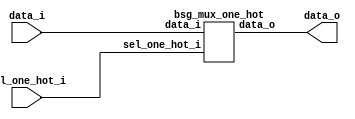
// This program was cloned from: https://github.com/chipsalliance/UHDM-integration-tests
// License: Apache License 2.0



module top
(
  data_i,
  sel_one_hot_i,
  data_o
);

  input [511:0] data_i;
  input [31:0] sel_one_hot_i;
  output [15:0] data_o;

  bsg_mux_one_hot
  wrapper
  (
    .data_i(data_i),
    .sel_one_hot_i(sel_one_hot_i),
    .data_o(data_o)
  );


endmodule



module bsg_mux_one_hot
(
  data_i,
  sel_one_hot_i,
  data_o
);

  input [511:0] data_i;
  input [31:0] sel_one_hot_i;
  output [15:0] data_o;
  wire [15:0] data_o;
  wire N0,N1,N2,N3,N4,N5,N6,N7,N8,N9,N10,N11,N12,N13,N14,N15,N16,N17,N18,N19,N20,N21,
  N22,N23,N24,N25,N26,N27,N28,N29,N30,N31,N32,N33,N34,N35,N36,N37,N38,N39,N40,N41,
  N42,N43,N44,N45,N46,N47,N48,N49,N50,N51,N52,N53,N54,N55,N56,N57,N58,N59,N60,N61,
  N62,N63,N64,N65,N66,N67,N68,N69,N70,N71,N72,N73,N74,N75,N76,N77,N78,N79,N80,N81,
  N82,N83,N84,N85,N86,N87,N88,N89,N90,N91,N92,N93,N94,N95,N96,N97,N98,N99,N100,N101,
  N102,N103,N104,N105,N106,N107,N108,N109,N110,N111,N112,N113,N114,N115,N116,N117,
  N118,N119,N120,N121,N122,N123,N124,N125,N126,N127,N128,N129,N130,N131,N132,N133,
  N134,N135,N136,N137,N138,N139,N140,N141,N142,N143,N144,N145,N146,N147,N148,N149,
  N150,N151,N152,N153,N154,N155,N156,N157,N158,N159,N160,N161,N162,N163,N164,N165,
  N166,N167,N168,N169,N170,N171,N172,N173,N174,N175,N176,N177,N178,N179,N180,N181,
  N182,N183,N184,N185,N186,N187,N188,N189,N190,N191,N192,N193,N194,N195,N196,N197,
  N198,N199,N200,N201,N202,N203,N204,N205,N206,N207,N208,N209,N210,N211,N212,N213,
  N214,N215,N216,N217,N218,N219,N220,N221,N222,N223,N224,N225,N226,N227,N228,N229,
  N230,N231,N232,N233,N234,N235,N236,N237,N238,N239,N240,N241,N242,N243,N244,N245,
  N246,N247,N248,N249,N250,N251,N252,N253,N254,N255,N256,N257,N258,N259,N260,N261,
  N262,N263,N264,N265,N266,N267,N268,N269,N270,N271,N272,N273,N274,N275,N276,N277,
  N278,N279,N280,N281,N282,N283,N284,N285,N286,N287,N288,N289,N290,N291,N292,N293,
  N294,N295,N296,N297,N298,N299,N300,N301,N302,N303,N304,N305,N306,N307,N308,N309,
  N310,N311,N312,N313,N314,N315,N316,N317,N318,N319,N320,N321,N322,N323,N324,N325,
  N326,N327,N328,N329,N330,N331,N332,N333,N334,N335,N336,N337,N338,N339,N340,N341,
  N342,N343,N344,N345,N346,N347,N348,N349,N350,N351,N352,N353,N354,N355,N356,N357,
  N358,N359,N360,N361,N362,N363,N364,N365,N366,N367,N368,N369,N370,N371,N372,N373,
  N374,N375,N376,N377,N378,N379,N380,N381,N382,N383,N384,N385,N386,N387,N388,N389,
  N390,N391,N392,N393,N394,N395,N396,N397,N398,N399,N400,N401,N402,N403,N404,N405,
  N406,N407,N408,N409,N410,N411,N412,N413,N414,N415,N416,N417,N418,N419,N420,N421,
  N422,N423,N424,N425,N426,N427,N428,N429,N430,N431,N432,N433,N434,N435,N436,N437,
  N438,N439,N440,N441,N442,N443,N444,N445,N446,N447,N448,N449,N450,N451,N452,N453,
  N454,N455,N456,N457,N458,N459,N460,N461,N462,N463,N464,N465,N466,N467,N468,N469,
  N470,N471,N472,N473,N474,N475,N476,N477,N478,N479;
  wire [511:0] data_masked;
  assign data_masked[15] = data_i[15] & sel_one_hot_i[0];
  assign data_masked[14] = data_i[14] & sel_one_hot_i[0];
  assign data_masked[13] = data_i[13] & sel_one_hot_i[0];
  assign data_masked[12] = data_i[12] & sel_one_hot_i[0];
  assign data_masked[11] = data_i[11] & sel_one_hot_i[0];
  assign data_masked[10] = data_i[10] & sel_one_hot_i[0];
  assign data_masked[9] = data_i[9] & sel_one_hot_i[0];
  assign data_masked[8] = data_i[8] & sel_one_hot_i[0];
  assign data_masked[7] = data_i[7] & sel_one_hot_i[0];
  assign data_masked[6] = data_i[6] & sel_one_hot_i[0];
  assign data_masked[5] = data_i[5] & sel_one_hot_i[0];
  assign data_masked[4] = data_i[4] & sel_one_hot_i[0];
  assign data_masked[3] = data_i[3] & sel_one_hot_i[0];
  assign data_masked[2] = data_i[2] & sel_one_hot_i[0];
  assign data_masked[1] = data_i[1] & sel_one_hot_i[0];
  assign data_masked[0] = data_i[0] & sel_one_hot_i[0];
  assign data_masked[31] = data_i[31] & sel_one_hot_i[1];
  assign data_masked[30] = data_i[30] & sel_one_hot_i[1];
  assign data_masked[29] = data_i[29] & sel_one_hot_i[1];
  assign data_masked[28] = data_i[28] & sel_one_hot_i[1];
  assign data_masked[27] = data_i[27] & sel_one_hot_i[1];
  assign data_masked[26] = data_i[26] & sel_one_hot_i[1];
  assign data_masked[25] = data_i[25] & sel_one_hot_i[1];
  assign data_masked[24] = data_i[24] & sel_one_hot_i[1];
  assign data_masked[23] = data_i[23] & sel_one_hot_i[1];
  assign data_masked[22] = data_i[22] & sel_one_hot_i[1];
  assign data_masked[21] = data_i[21] & sel_one_hot_i[1];
  assign data_masked[20] = data_i[20] & sel_one_hot_i[1];
  assign data_masked[19] = data_i[19] & sel_one_hot_i[1];
  assign data_masked[18] = data_i[18] & sel_one_hot_i[1];
  assign data_masked[17] = data_i[17] & sel_one_hot_i[1];
  assign data_masked[16] = data_i[16] & sel_one_hot_i[1];
  assign data_masked[47] = data_i[47] & sel_one_hot_i[2];
  assign data_masked[46] = data_i[46] & sel_one_hot_i[2];
  assign data_masked[45] = data_i[45] & sel_one_hot_i[2];
  assign data_masked[44] = data_i[44] & sel_one_hot_i[2];
  assign data_masked[43] = data_i[43] & sel_one_hot_i[2];
  assign data_masked[42] = data_i[42] & sel_one_hot_i[2];
  assign data_masked[41] = data_i[41] & sel_one_hot_i[2];
  assign data_masked[40] = data_i[40] & sel_one_hot_i[2];
  assign data_masked[39] = data_i[39] & sel_one_hot_i[2];
  assign data_masked[38] = data_i[38] & sel_one_hot_i[2];
  assign data_masked[37] = data_i[37] & sel_one_hot_i[2];
  assign data_masked[36] = data_i[36] & sel_one_hot_i[2];
  assign data_masked[35] = data_i[35] & sel_one_hot_i[2];
  assign data_masked[34] = data_i[34] & sel_one_hot_i[2];
  assign data_masked[33] = data_i[33] & sel_one_hot_i[2];
  assign data_masked[32] = data_i[32] & sel_one_hot_i[2];
  assign data_masked[63] = data_i[63] & sel_one_hot_i[3];
  assign data_masked[62] = data_i[62] & sel_one_hot_i[3];
  assign data_masked[61] = data_i[61] & sel_one_hot_i[3];
  assign data_masked[60] = data_i[60] & sel_one_hot_i[3];
  assign data_masked[59] = data_i[59] & sel_one_hot_i[3];
  assign data_masked[58] = data_i[58] & sel_one_hot_i[3];
  assign data_masked[57] = data_i[57] & sel_one_hot_i[3];
  assign data_masked[56] = data_i[56] & sel_one_hot_i[3];
  assign data_masked[55] = data_i[55] & sel_one_hot_i[3];
  assign data_masked[54] = data_i[54] & sel_one_hot_i[3];
  assign data_masked[53] = data_i[53] & sel_one_hot_i[3];
  assign data_masked[52] = data_i[52] & sel_one_hot_i[3];
  assign data_masked[51] = data_i[51] & sel_one_hot_i[3];
  assign data_masked[50] = data_i[50] & sel_one_hot_i[3];
  assign data_masked[49] = data_i[49] & sel_one_hot_i[3];
  assign data_masked[48] = data_i[48] & sel_one_hot_i[3];
  assign data_masked[79] = data_i[79] & sel_one_hot_i[4];
  assign data_masked[78] = data_i[78] & sel_one_hot_i[4];
  assign data_masked[77] = data_i[77] & sel_one_hot_i[4];
  assign data_masked[76] = data_i[76] & sel_one_hot_i[4];
  assign data_masked[75] = data_i[75] & sel_one_hot_i[4];
  assign data_masked[74] = data_i[74] & sel_one_hot_i[4];
  assign data_masked[73] = data_i[73] & sel_one_hot_i[4];
  assign data_masked[72] = data_i[72] & sel_one_hot_i[4];
  assign data_masked[71] = data_i[71] & sel_one_hot_i[4];
  assign data_masked[70] = data_i[70] & sel_one_hot_i[4];
  assign data_masked[69] = data_i[69] & sel_one_hot_i[4];
  assign data_masked[68] = data_i[68] & sel_one_hot_i[4];
  assign data_masked[67] = data_i[67] & sel_one_hot_i[4];
  assign data_masked[66] = data_i[66] & sel_one_hot_i[4];
  assign data_masked[65] = data_i[65] & sel_one_hot_i[4];
  assign data_masked[64] = data_i[64] & sel_one_hot_i[4];
  assign data_masked[95] = data_i[95] & sel_one_hot_i[5];
  assign data_masked[94] = data_i[94] & sel_one_hot_i[5];
  assign data_masked[93] = data_i[93] & sel_one_hot_i[5];
  assign data_masked[92] = data_i[92] & sel_one_hot_i[5];
  assign data_masked[91] = data_i[91] & sel_one_hot_i[5];
  assign data_masked[90] = data_i[90] & sel_one_hot_i[5];
  assign data_masked[89] = data_i[89] & sel_one_hot_i[5];
  assign data_masked[88] = data_i[88] & sel_one_hot_i[5];
  assign data_masked[87] = data_i[87] & sel_one_hot_i[5];
  assign data_masked[86] = data_i[86] & sel_one_hot_i[5];
  assign data_masked[85] = data_i[85] & sel_one_hot_i[5];
  assign data_masked[84] = data_i[84] & sel_one_hot_i[5];
  assign data_masked[83] = data_i[83] & sel_one_hot_i[5];
  assign data_masked[82] = data_i[82] & sel_one_hot_i[5];
  assign data_masked[81] = data_i[81] & sel_one_hot_i[5];
  assign data_masked[80] = data_i[80] & sel_one_hot_i[5];
  assign data_masked[111] = data_i[111] & sel_one_hot_i[6];
  assign data_masked[110] = data_i[110] & sel_one_hot_i[6];
  assign data_masked[109] = data_i[109] & sel_one_hot_i[6];
  assign data_masked[108] = data_i[108] & sel_one_hot_i[6];
  assign data_masked[107] = data_i[107] & sel_one_hot_i[6];
  assign data_masked[106] = data_i[106] & sel_one_hot_i[6];
  assign data_masked[105] = data_i[105] & sel_one_hot_i[6];
  assign data_masked[104] = data_i[104] & sel_one_hot_i[6];
  assign data_masked[103] = data_i[103] & sel_one_hot_i[6];
  assign data_masked[102] = data_i[102] & sel_one_hot_i[6];
  assign data_masked[101] = data_i[101] & sel_one_hot_i[6];
  assign data_masked[100] = data_i[100] & sel_one_hot_i[6];
  assign data_masked[99] = data_i[99] & sel_one_hot_i[6];
  assign data_masked[98] = data_i[98] & sel_one_hot_i[6];
  assign data_masked[97] = data_i[97] & sel_one_hot_i[6];
  assign data_masked[96] = data_i[96] & sel_one_hot_i[6];
  assign data_masked[127] = data_i[127] & sel_one_hot_i[7];
  assign data_masked[126] = data_i[126] & sel_one_hot_i[7];
  assign data_masked[125] = data_i[125] & sel_one_hot_i[7];
  assign data_masked[124] = data_i[124] & sel_one_hot_i[7];
  assign data_masked[123] = data_i[123] & sel_one_hot_i[7];
  assign data_masked[122] = data_i[122] & sel_one_hot_i[7];
  assign data_masked[121] = data_i[121] & sel_one_hot_i[7];
  assign data_masked[120] = data_i[120] & sel_one_hot_i[7];
  assign data_masked[119] = data_i[119] & sel_one_hot_i[7];
  assign data_masked[118] = data_i[118] & sel_one_hot_i[7];
  assign data_masked[117] = data_i[117] & sel_one_hot_i[7];
  assign data_masked[116] = data_i[116] & sel_one_hot_i[7];
  assign data_masked[115] = data_i[115] & sel_one_hot_i[7];
  assign data_masked[114] = data_i[114] & sel_one_hot_i[7];
  assign data_masked[113] = data_i[113] & sel_one_hot_i[7];
  assign data_masked[112] = data_i[112] & sel_one_hot_i[7];
  assign data_masked[143] = data_i[143] & sel_one_hot_i[8];
  assign data_masked[142] = data_i[142] & sel_one_hot_i[8];
  assign data_masked[141] = data_i[141] & sel_one_hot_i[8];
  assign data_masked[140] = data_i[140] & sel_one_hot_i[8];
  assign data_masked[139] = data_i[139] & sel_one_hot_i[8];
  assign data_masked[138] = data_i[138] & sel_one_hot_i[8];
  assign data_masked[137] = data_i[137] & sel_one_hot_i[8];
  assign data_masked[136] = data_i[136] & sel_one_hot_i[8];
  assign data_masked[135] = data_i[135] & sel_one_hot_i[8];
  assign data_masked[134] = data_i[134] & sel_one_hot_i[8];
  assign data_masked[133] = data_i[133] & sel_one_hot_i[8];
  assign data_masked[132] = data_i[132] & sel_one_hot_i[8];
  assign data_masked[131] = data_i[131] & sel_one_hot_i[8];
  assign data_masked[130] = data_i[130] & sel_one_hot_i[8];
  assign data_masked[129] = data_i[129] & sel_one_hot_i[8];
  assign data_masked[128] = data_i[128] & sel_one_hot_i[8];
  assign data_masked[159] = data_i[159] & sel_one_hot_i[9];
  assign data_masked[158] = data_i[158] & sel_one_hot_i[9];
  assign data_masked[157] = data_i[157] & sel_one_hot_i[9];
  assign data_masked[156] = data_i[156] & sel_one_hot_i[9];
  assign data_masked[155] = data_i[155] & sel_one_hot_i[9];
  assign data_masked[154] = data_i[154] & sel_one_hot_i[9];
  assign data_masked[153] = data_i[153] & sel_one_hot_i[9];
  assign data_masked[152] = data_i[152] & sel_one_hot_i[9];
  assign data_masked[151] = data_i[151] & sel_one_hot_i[9];
  assign data_masked[150] = data_i[150] & sel_one_hot_i[9];
  assign data_masked[149] = data_i[149] & sel_one_hot_i[9];
  assign data_masked[148] = data_i[148] & sel_one_hot_i[9];
  assign data_masked[147] = data_i[147] & sel_one_hot_i[9];
  assign data_masked[146] = data_i[146] & sel_one_hot_i[9];
  assign data_masked[145] = data_i[145] & sel_one_hot_i[9];
  assign data_masked[144] = data_i[144] & sel_one_hot_i[9];
  assign data_masked[175] = data_i[175] & sel_one_hot_i[10];
  assign data_masked[174] = data_i[174] & sel_one_hot_i[10];
  assign data_masked[173] = data_i[173] & sel_one_hot_i[10];
  assign data_masked[172] = data_i[172] & sel_one_hot_i[10];
  assign data_masked[171] = data_i[171] & sel_one_hot_i[10];
  assign data_masked[170] = data_i[170] & sel_one_hot_i[10];
  assign data_masked[169] = data_i[169] & sel_one_hot_i[10];
  assign data_masked[168] = data_i[168] & sel_one_hot_i[10];
  assign data_masked[167] = data_i[167] & sel_one_hot_i[10];
  assign data_masked[166] = data_i[166] & sel_one_hot_i[10];
  assign data_masked[165] = data_i[165] & sel_one_hot_i[10];
  assign data_masked[164] = data_i[164] & sel_one_hot_i[10];
  assign data_masked[163] = data_i[163] & sel_one_hot_i[10];
  assign data_masked[162] = data_i[162] & sel_one_hot_i[10];
  assign data_masked[161] = data_i[161] & sel_one_hot_i[10];
  assign data_masked[160] = data_i[160] & sel_one_hot_i[10];
  assign data_masked[191] = data_i[191] & sel_one_hot_i[11];
  assign data_masked[190] = data_i[190] & sel_one_hot_i[11];
  assign data_masked[189] = data_i[189] & sel_one_hot_i[11];
  assign data_masked[188] = data_i[188] & sel_one_hot_i[11];
  assign data_masked[187] = data_i[187] & sel_one_hot_i[11];
  assign data_masked[186] = data_i[186] & sel_one_hot_i[11];
  assign data_masked[185] = data_i[185] & sel_one_hot_i[11];
  assign data_masked[184] = data_i[184] & sel_one_hot_i[11];
  assign data_masked[183] = data_i[183] & sel_one_hot_i[11];
  assign data_masked[182] = data_i[182] & sel_one_hot_i[11];
  assign data_masked[181] = data_i[181] & sel_one_hot_i[11];
  assign data_masked[180] = data_i[180] & sel_one_hot_i[11];
  assign data_masked[179] = data_i[179] & sel_one_hot_i[11];
  assign data_masked[178] = data_i[178] & sel_one_hot_i[11];
  assign data_masked[177] = data_i[177] & sel_one_hot_i[11];
  assign data_masked[176] = data_i[176] & sel_one_hot_i[11];
  assign data_masked[207] = data_i[207] & sel_one_hot_i[12];
  assign data_masked[206] = data_i[206] & sel_one_hot_i[12];
  assign data_masked[205] = data_i[205] & sel_one_hot_i[12];
  assign data_masked[204] = data_i[204] & sel_one_hot_i[12];
  assign data_masked[203] = data_i[203] & sel_one_hot_i[12];
  assign data_masked[202] = data_i[202] & sel_one_hot_i[12];
  assign data_masked[201] = data_i[201] & sel_one_hot_i[12];
  assign data_masked[200] = data_i[200] & sel_one_hot_i[12];
  assign data_masked[199] = data_i[199] & sel_one_hot_i[12];
  assign data_masked[198] = data_i[198] & sel_one_hot_i[12];
  assign data_masked[197] = data_i[197] & sel_one_hot_i[12];
  assign data_masked[196] = data_i[196] & sel_one_hot_i[12];
  assign data_masked[195] = data_i[195] & sel_one_hot_i[12];
  assign data_masked[194] = data_i[194] & sel_one_hot_i[12];
  assign data_masked[193] = data_i[193] & sel_one_hot_i[12];
  assign data_masked[192] = data_i[192] & sel_one_hot_i[12];
  assign data_masked[223] = data_i[223] & sel_one_hot_i[13];
  assign data_masked[222] = data_i[222] & sel_one_hot_i[13];
  assign data_masked[221] = data_i[221] & sel_one_hot_i[13];
  assign data_masked[220] = data_i[220] & sel_one_hot_i[13];
  assign data_masked[219] = data_i[219] & sel_one_hot_i[13];
  assign data_masked[218] = data_i[218] & sel_one_hot_i[13];
  assign data_masked[217] = data_i[217] & sel_one_hot_i[13];
  assign data_masked[216] = data_i[216] & sel_one_hot_i[13];
  assign data_masked[215] = data_i[215] & sel_one_hot_i[13];
  assign data_masked[214] = data_i[214] & sel_one_hot_i[13];
  assign data_masked[213] = data_i[213] & sel_one_hot_i[13];
  assign data_masked[212] = data_i[212] & sel_one_hot_i[13];
  assign data_masked[211] = data_i[211] & sel_one_hot_i[13];
  assign data_masked[210] = data_i[210] & sel_one_hot_i[13];
  assign data_masked[209] = data_i[209] & sel_one_hot_i[13];
  assign data_masked[208] = data_i[208] & sel_one_hot_i[13];
  assign data_masked[239] = data_i[239] & sel_one_hot_i[14];
  assign data_masked[238] = data_i[238] & sel_one_hot_i[14];
  assign data_masked[237] = data_i[237] & sel_one_hot_i[14];
  assign data_masked[236] = data_i[236] & sel_one_hot_i[14];
  assign data_masked[235] = data_i[235] & sel_one_hot_i[14];
  assign data_masked[234] = data_i[234] & sel_one_hot_i[14];
  assign data_masked[233] = data_i[233] & sel_one_hot_i[14];
  assign data_masked[232] = data_i[232] & sel_one_hot_i[14];
  assign data_masked[231] = data_i[231] & sel_one_hot_i[14];
  assign data_masked[230] = data_i[230] & sel_one_hot_i[14];
  assign data_masked[229] = data_i[229] & sel_one_hot_i[14];
  assign data_masked[228] = data_i[228] & sel_one_hot_i[14];
  assign data_masked[227] = data_i[227] & sel_one_hot_i[14];
  assign data_masked[226] = data_i[226] & sel_one_hot_i[14];
  assign data_masked[225] = data_i[225] & sel_one_hot_i[14];
  assign data_masked[224] = data_i[224] & sel_one_hot_i[14];
  assign data_masked[255] = data_i[255] & sel_one_hot_i[15];
  assign data_masked[254] = data_i[254] & sel_one_hot_i[15];
  assign data_masked[253] = data_i[253] & sel_one_hot_i[15];
  assign data_masked[252] = data_i[252] & sel_one_hot_i[15];
  assign data_masked[251] = data_i[251] & sel_one_hot_i[15];
  assign data_masked[250] = data_i[250] & sel_one_hot_i[15];
  assign data_masked[249] = data_i[249] & sel_one_hot_i[15];
  assign data_masked[248] = data_i[248] & sel_one_hot_i[15];
  assign data_masked[247] = data_i[247] & sel_one_hot_i[15];
  assign data_masked[246] = data_i[246] & sel_one_hot_i[15];
  assign data_masked[245] = data_i[245] & sel_one_hot_i[15];
  assign data_masked[244] = data_i[244] & sel_one_hot_i[15];
  assign data_masked[243] = data_i[243] & sel_one_hot_i[15];
  assign data_masked[242] = data_i[242] & sel_one_hot_i[15];
  assign data_masked[241] = data_i[241] & sel_one_hot_i[15];
  assign data_masked[240] = data_i[240] & sel_one_hot_i[15];
  assign data_masked[271] = data_i[271] & sel_one_hot_i[16];
  assign data_masked[270] = data_i[270] & sel_one_hot_i[16];
  assign data_masked[269] = data_i[269] & sel_one_hot_i[16];
  assign data_masked[268] = data_i[268] & sel_one_hot_i[16];
  assign data_masked[267] = data_i[267] & sel_one_hot_i[16];
  assign data_masked[266] = data_i[266] & sel_one_hot_i[16];
  assign data_masked[265] = data_i[265] & sel_one_hot_i[16];
  assign data_masked[264] = data_i[264] & sel_one_hot_i[16];
  assign data_masked[263] = data_i[263] & sel_one_hot_i[16];
  assign data_masked[262] = data_i[262] & sel_one_hot_i[16];
  assign data_masked[261] = data_i[261] & sel_one_hot_i[16];
  assign data_masked[260] = data_i[260] & sel_one_hot_i[16];
  assign data_masked[259] = data_i[259] & sel_one_hot_i[16];
  assign data_masked[258] = data_i[258] & sel_one_hot_i[16];
  assign data_masked[257] = data_i[257] & sel_one_hot_i[16];
  assign data_masked[256] = data_i[256] & sel_one_hot_i[16];
  assign data_masked[287] = data_i[287] & sel_one_hot_i[17];
  assign data_masked[286] = data_i[286] & sel_one_hot_i[17];
  assign data_masked[285] = data_i[285] & sel_one_hot_i[17];
  assign data_masked[284] = data_i[284] & sel_one_hot_i[17];
  assign data_masked[283] = data_i[283] & sel_one_hot_i[17];
  assign data_masked[282] = data_i[282] & sel_one_hot_i[17];
  assign data_masked[281] = data_i[281] & sel_one_hot_i[17];
  assign data_masked[280] = data_i[280] & sel_one_hot_i[17];
  assign data_masked[279] = data_i[279] & sel_one_hot_i[17];
  assign data_masked[278] = data_i[278] & sel_one_hot_i[17];
  assign data_masked[277] = data_i[277] & sel_one_hot_i[17];
  assign data_masked[276] = data_i[276] & sel_one_hot_i[17];
  assign data_masked[275] = data_i[275] & sel_one_hot_i[17];
  assign data_masked[274] = data_i[274] & sel_one_hot_i[17];
  assign data_masked[273] = data_i[273] & sel_one_hot_i[17];
  assign data_masked[272] = data_i[272] & sel_one_hot_i[17];
  assign data_masked[303] = data_i[303] & sel_one_hot_i[18];
  assign data_masked[302] = data_i[302] & sel_one_hot_i[18];
  assign data_masked[301] = data_i[301] & sel_one_hot_i[18];
  assign data_masked[300] = data_i[300] & sel_one_hot_i[18];
  assign data_masked[299] = data_i[299] & sel_one_hot_i[18];
  assign data_masked[298] = data_i[298] & sel_one_hot_i[18];
  assign data_masked[297] = data_i[297] & sel_one_hot_i[18];
  assign data_masked[296] = data_i[296] & sel_one_hot_i[18];
  assign data_masked[295] = data_i[295] & sel_one_hot_i[18];
  assign data_masked[294] = data_i[294] & sel_one_hot_i[18];
  assign data_masked[293] = data_i[293] & sel_one_hot_i[18];
  assign data_masked[292] = data_i[292] & sel_one_hot_i[18];
  assign data_masked[291] = data_i[291] & sel_one_hot_i[18];
  assign data_masked[290] = data_i[290] & sel_one_hot_i[18];
  assign data_masked[289] = data_i[289] & sel_one_hot_i[18];
  assign data_masked[288] = data_i[288] & sel_one_hot_i[18];
  assign data_masked[319] = data_i[319] & sel_one_hot_i[19];
  assign data_masked[318] = data_i[318] & sel_one_hot_i[19];
  assign data_masked[317] = data_i[317] & sel_one_hot_i[19];
  assign data_masked[316] = data_i[316] & sel_one_hot_i[19];
  assign data_masked[315] = data_i[315] & sel_one_hot_i[19];
  assign data_masked[314] = data_i[314] & sel_one_hot_i[19];
  assign data_masked[313] = data_i[313] & sel_one_hot_i[19];
  assign data_masked[312] = data_i[312] & sel_one_hot_i[19];
  assign data_masked[311] = data_i[311] & sel_one_hot_i[19];
  assign data_masked[310] = data_i[310] & sel_one_hot_i[19];
  assign data_masked[309] = data_i[309] & sel_one_hot_i[19];
  assign data_masked[308] = data_i[308] & sel_one_hot_i[19];
  assign data_masked[307] = data_i[307] & sel_one_hot_i[19];
  assign data_masked[306] = data_i[306] & sel_one_hot_i[19];
  assign data_masked[305] = data_i[305] & sel_one_hot_i[19];
  assign data_masked[304] = data_i[304] & sel_one_hot_i[19];
  assign data_masked[335] = data_i[335] & sel_one_hot_i[20];
  assign data_masked[334] = data_i[334] & sel_one_hot_i[20];
  assign data_masked[333] = data_i[333] & sel_one_hot_i[20];
  assign data_masked[332] = data_i[332] & sel_one_hot_i[20];
  assign data_masked[331] = data_i[331] & sel_one_hot_i[20];
  assign data_masked[330] = data_i[330] & sel_one_hot_i[20];
  assign data_masked[329] = data_i[329] & sel_one_hot_i[20];
  assign data_masked[328] = data_i[328] & sel_one_hot_i[20];
  assign data_masked[327] = data_i[327] & sel_one_hot_i[20];
  assign data_masked[326] = data_i[326] & sel_one_hot_i[20];
  assign data_masked[325] = data_i[325] & sel_one_hot_i[20];
  assign data_masked[324] = data_i[324] & sel_one_hot_i[20];
  assign data_masked[323] = data_i[323] & sel_one_hot_i[20];
  assign data_masked[322] = data_i[322] & sel_one_hot_i[20];
  assign data_masked[321] = data_i[321] & sel_one_hot_i[20];
  assign data_masked[320] = data_i[320] & sel_one_hot_i[20];
  assign data_masked[351] = data_i[351] & sel_one_hot_i[21];
  assign data_masked[350] = data_i[350] & sel_one_hot_i[21];
  assign data_masked[349] = data_i[349] & sel_one_hot_i[21];
  assign data_masked[348] = data_i[348] & sel_one_hot_i[21];
  assign data_masked[347] = data_i[347] & sel_one_hot_i[21];
  assign data_masked[346] = data_i[346] & sel_one_hot_i[21];
  assign data_masked[345] = data_i[345] & sel_one_hot_i[21];
  assign data_masked[344] = data_i[344] & sel_one_hot_i[21];
  assign data_masked[343] = data_i[343] & sel_one_hot_i[21];
  assign data_masked[342] = data_i[342] & sel_one_hot_i[21];
  assign data_masked[341] = data_i[341] & sel_one_hot_i[21];
  assign data_masked[340] = data_i[340] & sel_one_hot_i[21];
  assign data_masked[339] = data_i[339] & sel_one_hot_i[21];
  assign data_masked[338] = data_i[338] & sel_one_hot_i[21];
  assign data_masked[337] = data_i[337] & sel_one_hot_i[21];
  assign data_masked[336] = data_i[336] & sel_one_hot_i[21];
  assign data_masked[367] = data_i[367] & sel_one_hot_i[22];
  assign data_masked[366] = data_i[366] & sel_one_hot_i[22];
  assign data_masked[365] = data_i[365] & sel_one_hot_i[22];
  assign data_masked[364] = data_i[364] & sel_one_hot_i[22];
  assign data_masked[363] = data_i[363] & sel_one_hot_i[22];
  assign data_masked[362] = data_i[362] & sel_one_hot_i[22];
  assign data_masked[361] = data_i[361] & sel_one_hot_i[22];
  assign data_masked[360] = data_i[360] & sel_one_hot_i[22];
  assign data_masked[359] = data_i[359] & sel_one_hot_i[22];
  assign data_masked[358] = data_i[358] & sel_one_hot_i[22];
  assign data_masked[357] = data_i[357] & sel_one_hot_i[22];
  assign data_masked[356] = data_i[356] & sel_one_hot_i[22];
  assign data_masked[355] = data_i[355] & sel_one_hot_i[22];
  assign data_masked[354] = data_i[354] & sel_one_hot_i[22];
  assign data_masked[353] = data_i[353] & sel_one_hot_i[22];
  assign data_masked[352] = data_i[352] & sel_one_hot_i[22];
  assign data_masked[383] = data_i[383] & sel_one_hot_i[23];
  assign data_masked[382] = data_i[382] & sel_one_hot_i[23];
  assign data_masked[381] = data_i[381] & sel_one_hot_i[23];
  assign data_masked[380] = data_i[380] & sel_one_hot_i[23];
  assign data_masked[379] = data_i[379] & sel_one_hot_i[23];
  assign data_masked[378] = data_i[378] & sel_one_hot_i[23];
  assign data_masked[377] = data_i[377] & sel_one_hot_i[23];
  assign data_masked[376] = data_i[376] & sel_one_hot_i[23];
  assign data_masked[375] = data_i[375] & sel_one_hot_i[23];
  assign data_masked[374] = data_i[374] & sel_one_hot_i[23];
  assign data_masked[373] = data_i[373] & sel_one_hot_i[23];
  assign data_masked[372] = data_i[372] & sel_one_hot_i[23];
  assign data_masked[371] = data_i[371] & sel_one_hot_i[23];
  assign data_masked[370] = data_i[370] & sel_one_hot_i[23];
  assign data_masked[369] = data_i[369] & sel_one_hot_i[23];
  assign data_masked[368] = data_i[368] & sel_one_hot_i[23];
  assign data_masked[399] = data_i[399] & sel_one_hot_i[24];
  assign data_masked[398] = data_i[398] & sel_one_hot_i[24];
  assign data_masked[397] = data_i[397] & sel_one_hot_i[24];
  assign data_masked[396] = data_i[396] & sel_one_hot_i[24];
  assign data_masked[395] = data_i[395] & sel_one_hot_i[24];
  assign data_masked[394] = data_i[394] & sel_one_hot_i[24];
  assign data_masked[393] = data_i[393] & sel_one_hot_i[24];
  assign data_masked[392] = data_i[392] & sel_one_hot_i[24];
  assign data_masked[391] = data_i[391] & sel_one_hot_i[24];
  assign data_masked[390] = data_i[390] & sel_one_hot_i[24];
  assign data_masked[389] = data_i[389] & sel_one_hot_i[24];
  assign data_masked[388] = data_i[388] & sel_one_hot_i[24];
  assign data_masked[387] = data_i[387] & sel_one_hot_i[24];
  assign data_masked[386] = data_i[386] & sel_one_hot_i[24];
  assign data_masked[385] = data_i[385] & sel_one_hot_i[24];
  assign data_masked[384] = data_i[384] & sel_one_hot_i[24];
  assign data_masked[415] = data_i[415] & sel_one_hot_i[25];
  assign data_masked[414] = data_i[414] & sel_one_hot_i[25];
  assign data_masked[413] = data_i[413] & sel_one_hot_i[25];
  assign data_masked[412] = data_i[412] & sel_one_hot_i[25];
  assign data_masked[411] = data_i[411] & sel_one_hot_i[25];
  assign data_masked[410] = data_i[410] & sel_one_hot_i[25];
  assign data_masked[409] = data_i[409] & sel_one_hot_i[25];
  assign data_masked[408] = data_i[408] & sel_one_hot_i[25];
  assign data_masked[407] = data_i[407] & sel_one_hot_i[25];
  assign data_masked[406] = data_i[406] & sel_one_hot_i[25];
  assign data_masked[405] = data_i[405] & sel_one_hot_i[25];
  assign data_masked[404] = data_i[404] & sel_one_hot_i[25];
  assign data_masked[403] = data_i[403] & sel_one_hot_i[25];
  assign data_masked[402] = data_i[402] & sel_one_hot_i[25];
  assign data_masked[401] = data_i[401] & sel_one_hot_i[25];
  assign data_masked[400] = data_i[400] & sel_one_hot_i[25];
  assign data_masked[431] = data_i[431] & sel_one_hot_i[26];
  assign data_masked[430] = data_i[430] & sel_one_hot_i[26];
  assign data_masked[429] = data_i[429] & sel_one_hot_i[26];
  assign data_masked[428] = data_i[428] & sel_one_hot_i[26];
  assign data_masked[427] = data_i[427] & sel_one_hot_i[26];
  assign data_masked[426] = data_i[426] & sel_one_hot_i[26];
  assign data_masked[425] = data_i[425] & sel_one_hot_i[26];
  assign data_masked[424] = data_i[424] & sel_one_hot_i[26];
  assign data_masked[423] = data_i[423] & sel_one_hot_i[26];
  assign data_masked[422] = data_i[422] & sel_one_hot_i[26];
  assign data_masked[421] = data_i[421] & sel_one_hot_i[26];
  assign data_masked[420] = data_i[420] & sel_one_hot_i[26];
  assign data_masked[419] = data_i[419] & sel_one_hot_i[26];
  assign data_masked[418] = data_i[418] & sel_one_hot_i[26];
  assign data_masked[417] = data_i[417] & sel_one_hot_i[26];
  assign data_masked[416] = data_i[416] & sel_one_hot_i[26];
  assign data_masked[447] = data_i[447] & sel_one_hot_i[27];
  assign data_masked[446] = data_i[446] & sel_one_hot_i[27];
  assign data_masked[445] = data_i[445] & sel_one_hot_i[27];
  assign data_masked[444] = data_i[444] & sel_one_hot_i[27];
  assign data_masked[443] = data_i[443] & sel_one_hot_i[27];
  assign data_masked[442] = data_i[442] & sel_one_hot_i[27];
  assign data_masked[441] = data_i[441] & sel_one_hot_i[27];
  assign data_masked[440] = data_i[440] & sel_one_hot_i[27];
  assign data_masked[439] = data_i[439] & sel_one_hot_i[27];
  assign data_masked[438] = data_i[438] & sel_one_hot_i[27];
  assign data_masked[437] = data_i[437] & sel_one_hot_i[27];
  assign data_masked[436] = data_i[436] & sel_one_hot_i[27];
  assign data_masked[435] = data_i[435] & sel_one_hot_i[27];
  assign data_masked[434] = data_i[434] & sel_one_hot_i[27];
  assign data_masked[433] = data_i[433] & sel_one_hot_i[27];
  assign data_masked[432] = data_i[432] & sel_one_hot_i[27];
  assign data_masked[463] = data_i[463] & sel_one_hot_i[28];
  assign data_masked[462] = data_i[462] & sel_one_hot_i[28];
  assign data_masked[461] = data_i[461] & sel_one_hot_i[28];
  assign data_masked[460] = data_i[460] & sel_one_hot_i[28];
  assign data_masked[459] = data_i[459] & sel_one_hot_i[28];
  assign data_masked[458] = data_i[458] & sel_one_hot_i[28];
  assign data_masked[457] = data_i[457] & sel_one_hot_i[28];
  assign data_masked[456] = data_i[456] & sel_one_hot_i[28];
  assign data_masked[455] = data_i[455] & sel_one_hot_i[28];
  assign data_masked[454] = data_i[454] & sel_one_hot_i[28];
  assign data_masked[453] = data_i[453] & sel_one_hot_i[28];
  assign data_masked[452] = data_i[452] & sel_one_hot_i[28];
  assign data_masked[451] = data_i[451] & sel_one_hot_i[28];
  assign data_masked[450] = data_i[450] & sel_one_hot_i[28];
  assign data_masked[449] = data_i[449] & sel_one_hot_i[28];
  assign data_masked[448] = data_i[448] & sel_one_hot_i[28];
  assign data_masked[479] = data_i[479] & sel_one_hot_i[29];
  assign data_masked[478] = data_i[478] & sel_one_hot_i[29];
  assign data_masked[477] = data_i[477] & sel_one_hot_i[29];
  assign data_masked[476] = data_i[476] & sel_one_hot_i[29];
  assign data_masked[475] = data_i[475] & sel_one_hot_i[29];
  assign data_masked[474] = data_i[474] & sel_one_hot_i[29];
  assign data_masked[473] = data_i[473] & sel_one_hot_i[29];
  assign data_masked[472] = data_i[472] & sel_one_hot_i[29];
  assign data_masked[471] = data_i[471] & sel_one_hot_i[29];
  assign data_masked[470] = data_i[470] & sel_one_hot_i[29];
  assign data_masked[469] = data_i[469] & sel_one_hot_i[29];
  assign data_masked[468] = data_i[468] & sel_one_hot_i[29];
  assign data_masked[467] = data_i[467] & sel_one_hot_i[29];
  assign data_masked[466] = data_i[466] & sel_one_hot_i[29];
  assign data_masked[465] = data_i[465] & sel_one_hot_i[29];
  assign data_masked[464] = data_i[464] & sel_one_hot_i[29];
  assign data_masked[495] = data_i[495] & sel_one_hot_i[30];
  assign data_masked[494] = data_i[494] & sel_one_hot_i[30];
  assign data_masked[493] = data_i[493] & sel_one_hot_i[30];
  assign data_masked[492] = data_i[492] & sel_one_hot_i[30];
  assign data_masked[491] = data_i[491] & sel_one_hot_i[30];
  assign data_masked[490] = data_i[490] & sel_one_hot_i[30];
  assign data_masked[489] = data_i[489] & sel_one_hot_i[30];
  assign data_masked[488] = data_i[488] & sel_one_hot_i[30];
  assign data_masked[487] = data_i[487] & sel_one_hot_i[30];
  assign data_masked[486] = data_i[486] & sel_one_hot_i[30];
  assign data_masked[485] = data_i[485] & sel_one_hot_i[30];
  assign data_masked[484] = data_i[484] & sel_one_hot_i[30];
  assign data_masked[483] = data_i[483] & sel_one_hot_i[30];
  assign data_masked[482] = data_i[482] & sel_one_hot_i[30];
  assign data_masked[481] = data_i[481] & sel_one_hot_i[30];
  assign data_masked[480] = data_i[480] & sel_one_hot_i[30];
  assign data_masked[511] = data_i[511] & sel_one_hot_i[31];
  assign data_masked[510] = data_i[510] & sel_one_hot_i[31];
  assign data_masked[509] = data_i[509] & sel_one_hot_i[31];
  assign data_masked[508] = data_i[508] & sel_one_hot_i[31];
  assign data_masked[507] = data_i[507] & sel_one_hot_i[31];
  assign data_masked[506] = data_i[506] & sel_one_hot_i[31];
  assign data_masked[505] = data_i[505] & sel_one_hot_i[31];
  assign data_masked[504] = data_i[504] & sel_one_hot_i[31];
  assign data_masked[503] = data_i[503] & sel_one_hot_i[31];
  assign data_masked[502] = data_i[502] & sel_one_hot_i[31];
  assign data_masked[501] = data_i[501] & sel_one_hot_i[31];
  assign data_masked[500] = data_i[500] & sel_one_hot_i[31];
  assign data_masked[499] = data_i[499] & sel_one_hot_i[31];
  assign data_masked[498] = data_i[498] & sel_one_hot_i[31];
  assign data_masked[497] = data_i[497] & sel_one_hot_i[31];
  assign data_masked[496] = data_i[496] & sel_one_hot_i[31];
  assign data_o[0] = N29 | data_masked[0];
  assign N29 = N28 | data_masked[16];
  assign N28 = N27 | data_masked[32];
  assign N27 = N26 | data_masked[48];
  assign N26 = N25 | data_masked[64];
  assign N25 = N24 | data_masked[80];
  assign N24 = N23 | data_masked[96];
  assign N23 = N22 | data_masked[112];
  assign N22 = N21 | data_masked[128];
  assign N21 = N20 | data_masked[144];
  assign N20 = N19 | data_masked[160];
  assign N19 = N18 | data_masked[176];
  assign N18 = N17 | data_masked[192];
  assign N17 = N16 | data_masked[208];
  assign N16 = N15 | data_masked[224];
  assign N15 = N14 | data_masked[240];
  assign N14 = N13 | data_masked[256];
  assign N13 = N12 | data_masked[272];
  assign N12 = N11 | data_masked[288];
  assign N11 = N10 | data_masked[304];
  assign N10 = N9 | data_masked[320];
  assign N9 = N8 | data_masked[336];
  assign N8 = N7 | data_masked[352];
  assign N7 = N6 | data_masked[368];
  assign N6 = N5 | data_masked[384];
  assign N5 = N4 | data_masked[400];
  assign N4 = N3 | data_masked[416];
  assign N3 = N2 | data_masked[432];
  assign N2 = N1 | data_masked[448];
  assign N1 = N0 | data_masked[464];
  assign N0 = data_masked[496] | data_masked[480];
  assign data_o[1] = N59 | data_masked[1];
  assign N59 = N58 | data_masked[17];
  assign N58 = N57 | data_masked[33];
  assign N57 = N56 | data_masked[49];
  assign N56 = N55 | data_masked[65];
  assign N55 = N54 | data_masked[81];
  assign N54 = N53 | data_masked[97];
  assign N53 = N52 | data_masked[113];
  assign N52 = N51 | data_masked[129];
  assign N51 = N50 | data_masked[145];
  assign N50 = N49 | data_masked[161];
  assign N49 = N48 | data_masked[177];
  assign N48 = N47 | data_masked[193];
  assign N47 = N46 | data_masked[209];
  assign N46 = N45 | data_masked[225];
  assign N45 = N44 | data_masked[241];
  assign N44 = N43 | data_masked[257];
  assign N43 = N42 | data_masked[273];
  assign N42 = N41 | data_masked[289];
  assign N41 = N40 | data_masked[305];
  assign N40 = N39 | data_masked[321];
  assign N39 = N38 | data_masked[337];
  assign N38 = N37 | data_masked[353];
  assign N37 = N36 | data_masked[369];
  assign N36 = N35 | data_masked[385];
  assign N35 = N34 | data_masked[401];
  assign N34 = N33 | data_masked[417];
  assign N33 = N32 | data_masked[433];
  assign N32 = N31 | data_masked[449];
  assign N31 = N30 | data_masked[465];
  assign N30 = data_masked[497] | data_masked[481];
  assign data_o[2] = N89 | data_masked[2];
  assign N89 = N88 | data_masked[18];
  assign N88 = N87 | data_masked[34];
  assign N87 = N86 | data_masked[50];
  assign N86 = N85 | data_masked[66];
  assign N85 = N84 | data_masked[82];
  assign N84 = N83 | data_masked[98];
  assign N83 = N82 | data_masked[114];
  assign N82 = N81 | data_masked[130];
  assign N81 = N80 | data_masked[146];
  assign N80 = N79 | data_masked[162];
  assign N79 = N78 | data_masked[178];
  assign N78 = N77 | data_masked[194];
  assign N77 = N76 | data_masked[210];
  assign N76 = N75 | data_masked[226];
  assign N75 = N74 | data_masked[242];
  assign N74 = N73 | data_masked[258];
  assign N73 = N72 | data_masked[274];
  assign N72 = N71 | data_masked[290];
  assign N71 = N70 | data_masked[306];
  assign N70 = N69 | data_masked[322];
  assign N69 = N68 | data_masked[338];
  assign N68 = N67 | data_masked[354];
  assign N67 = N66 | data_masked[370];
  assign N66 = N65 | data_masked[386];
  assign N65 = N64 | data_masked[402];
  assign N64 = N63 | data_masked[418];
  assign N63 = N62 | data_masked[434];
  assign N62 = N61 | data_masked[450];
  assign N61 = N60 | data_masked[466];
  assign N60 = data_masked[498] | data_masked[482];
  assign data_o[3] = N119 | data_masked[3];
  assign N119 = N118 | data_masked[19];
  assign N118 = N117 | data_masked[35];
  assign N117 = N116 | data_masked[51];
  assign N116 = N115 | data_masked[67];
  assign N115 = N114 | data_masked[83];
  assign N114 = N113 | data_masked[99];
  assign N113 = N112 | data_masked[115];
  assign N112 = N111 | data_masked[131];
  assign N111 = N110 | data_masked[147];
  assign N110 = N109 | data_masked[163];
  assign N109 = N108 | data_masked[179];
  assign N108 = N107 | data_masked[195];
  assign N107 = N106 | data_masked[211];
  assign N106 = N105 | data_masked[227];
  assign N105 = N104 | data_masked[243];
  assign N104 = N103 | data_masked[259];
  assign N103 = N102 | data_masked[275];
  assign N102 = N101 | data_masked[291];
  assign N101 = N100 | data_masked[307];
  assign N100 = N99 | data_masked[323];
  assign N99 = N98 | data_masked[339];
  assign N98 = N97 | data_masked[355];
  assign N97 = N96 | data_masked[371];
  assign N96 = N95 | data_masked[387];
  assign N95 = N94 | data_masked[403];
  assign N94 = N93 | data_masked[419];
  assign N93 = N92 | data_masked[435];
  assign N92 = N91 | data_masked[451];
  assign N91 = N90 | data_masked[467];
  assign N90 = data_masked[499] | data_masked[483];
  assign data_o[4] = N149 | data_masked[4];
  assign N149 = N148 | data_masked[20];
  assign N148 = N147 | data_masked[36];
  assign N147 = N146 | data_masked[52];
  assign N146 = N145 | data_masked[68];
  assign N145 = N144 | data_masked[84];
  assign N144 = N143 | data_masked[100];
  assign N143 = N142 | data_masked[116];
  assign N142 = N141 | data_masked[132];
  assign N141 = N140 | data_masked[148];
  assign N140 = N139 | data_masked[164];
  assign N139 = N138 | data_masked[180];
  assign N138 = N137 | data_masked[196];
  assign N137 = N136 | data_masked[212];
  assign N136 = N135 | data_masked[228];
  assign N135 = N134 | data_masked[244];
  assign N134 = N133 | data_masked[260];
  assign N133 = N132 | data_masked[276];
  assign N132 = N131 | data_masked[292];
  assign N131 = N130 | data_masked[308];
  assign N130 = N129 | data_masked[324];
  assign N129 = N128 | data_masked[340];
  assign N128 = N127 | data_masked[356];
  assign N127 = N126 | data_masked[372];
  assign N126 = N125 | data_masked[388];
  assign N125 = N124 | data_masked[404];
  assign N124 = N123 | data_masked[420];
  assign N123 = N122 | data_masked[436];
  assign N122 = N121 | data_masked[452];
  assign N121 = N120 | data_masked[468];
  assign N120 = data_masked[500] | data_masked[484];
  assign data_o[5] = N179 | data_masked[5];
  assign N179 = N178 | data_masked[21];
  assign N178 = N177 | data_masked[37];
  assign N177 = N176 | data_masked[53];
  assign N176 = N175 | data_masked[69];
  assign N175 = N174 | data_masked[85];
  assign N174 = N173 | data_masked[101];
  assign N173 = N172 | data_masked[117];
  assign N172 = N171 | data_masked[133];
  assign N171 = N170 | data_masked[149];
  assign N170 = N169 | data_masked[165];
  assign N169 = N168 | data_masked[181];
  assign N168 = N167 | data_masked[197];
  assign N167 = N166 | data_masked[213];
  assign N166 = N165 | data_masked[229];
  assign N165 = N164 | data_masked[245];
  assign N164 = N163 | data_masked[261];
  assign N163 = N162 | data_masked[277];
  assign N162 = N161 | data_masked[293];
  assign N161 = N160 | data_masked[309];
  assign N160 = N159 | data_masked[325];
  assign N159 = N158 | data_masked[341];
  assign N158 = N157 | data_masked[357];
  assign N157 = N156 | data_masked[373];
  assign N156 = N155 | data_masked[389];
  assign N155 = N154 | data_masked[405];
  assign N154 = N153 | data_masked[421];
  assign N153 = N152 | data_masked[437];
  assign N152 = N151 | data_masked[453];
  assign N151 = N150 | data_masked[469];
  assign N150 = data_masked[501] | data_masked[485];
  assign data_o[6] = N209 | data_masked[6];
  assign N209 = N208 | data_masked[22];
  assign N208 = N207 | data_masked[38];
  assign N207 = N206 | data_masked[54];
  assign N206 = N205 | data_masked[70];
  assign N205 = N204 | data_masked[86];
  assign N204 = N203 | data_masked[102];
  assign N203 = N202 | data_masked[118];
  assign N202 = N201 | data_masked[134];
  assign N201 = N200 | data_masked[150];
  assign N200 = N199 | data_masked[166];
  assign N199 = N198 | data_masked[182];
  assign N198 = N197 | data_masked[198];
  assign N197 = N196 | data_masked[214];
  assign N196 = N195 | data_masked[230];
  assign N195 = N194 | data_masked[246];
  assign N194 = N193 | data_masked[262];
  assign N193 = N192 | data_masked[278];
  assign N192 = N191 | data_masked[294];
  assign N191 = N190 | data_masked[310];
  assign N190 = N189 | data_masked[326];
  assign N189 = N188 | data_masked[342];
  assign N188 = N187 | data_masked[358];
  assign N187 = N186 | data_masked[374];
  assign N186 = N185 | data_masked[390];
  assign N185 = N184 | data_masked[406];
  assign N184 = N183 | data_masked[422];
  assign N183 = N182 | data_masked[438];
  assign N182 = N181 | data_masked[454];
  assign N181 = N180 | data_masked[470];
  assign N180 = data_masked[502] | data_masked[486];
  assign data_o[7] = N239 | data_masked[7];
  assign N239 = N238 | data_masked[23];
  assign N238 = N237 | data_masked[39];
  assign N237 = N236 | data_masked[55];
  assign N236 = N235 | data_masked[71];
  assign N235 = N234 | data_masked[87];
  assign N234 = N233 | data_masked[103];
  assign N233 = N232 | data_masked[119];
  assign N232 = N231 | data_masked[135];
  assign N231 = N230 | data_masked[151];
  assign N230 = N229 | data_masked[167];
  assign N229 = N228 | data_masked[183];
  assign N228 = N227 | data_masked[199];
  assign N227 = N226 | data_masked[215];
  assign N226 = N225 | data_masked[231];
  assign N225 = N224 | data_masked[247];
  assign N224 = N223 | data_masked[263];
  assign N223 = N222 | data_masked[279];
  assign N222 = N221 | data_masked[295];
  assign N221 = N220 | data_masked[311];
  assign N220 = N219 | data_masked[327];
  assign N219 = N218 | data_masked[343];
  assign N218 = N217 | data_masked[359];
  assign N217 = N216 | data_masked[375];
  assign N216 = N215 | data_masked[391];
  assign N215 = N214 | data_masked[407];
  assign N214 = N213 | data_masked[423];
  assign N213 = N212 | data_masked[439];
  assign N212 = N211 | data_masked[455];
  assign N211 = N210 | data_masked[471];
  assign N210 = data_masked[503] | data_masked[487];
  assign data_o[8] = N269 | data_masked[8];
  assign N269 = N268 | data_masked[24];
  assign N268 = N267 | data_masked[40];
  assign N267 = N266 | data_masked[56];
  assign N266 = N265 | data_masked[72];
  assign N265 = N264 | data_masked[88];
  assign N264 = N263 | data_masked[104];
  assign N263 = N262 | data_masked[120];
  assign N262 = N261 | data_masked[136];
  assign N261 = N260 | data_masked[152];
  assign N260 = N259 | data_masked[168];
  assign N259 = N258 | data_masked[184];
  assign N258 = N257 | data_masked[200];
  assign N257 = N256 | data_masked[216];
  assign N256 = N255 | data_masked[232];
  assign N255 = N254 | data_masked[248];
  assign N254 = N253 | data_masked[264];
  assign N253 = N252 | data_masked[280];
  assign N252 = N251 | data_masked[296];
  assign N251 = N250 | data_masked[312];
  assign N250 = N249 | data_masked[328];
  assign N249 = N248 | data_masked[344];
  assign N248 = N247 | data_masked[360];
  assign N247 = N246 | data_masked[376];
  assign N246 = N245 | data_masked[392];
  assign N245 = N244 | data_masked[408];
  assign N244 = N243 | data_masked[424];
  assign N243 = N242 | data_masked[440];
  assign N242 = N241 | data_masked[456];
  assign N241 = N240 | data_masked[472];
  assign N240 = data_masked[504] | data_masked[488];
  assign data_o[9] = N299 | data_masked[9];
  assign N299 = N298 | data_masked[25];
  assign N298 = N297 | data_masked[41];
  assign N297 = N296 | data_masked[57];
  assign N296 = N295 | data_masked[73];
  assign N295 = N294 | data_masked[89];
  assign N294 = N293 | data_masked[105];
  assign N293 = N292 | data_masked[121];
  assign N292 = N291 | data_masked[137];
  assign N291 = N290 | data_masked[153];
  assign N290 = N289 | data_masked[169];
  assign N289 = N288 | data_masked[185];
  assign N288 = N287 | data_masked[201];
  assign N287 = N286 | data_masked[217];
  assign N286 = N285 | data_masked[233];
  assign N285 = N284 | data_masked[249];
  assign N284 = N283 | data_masked[265];
  assign N283 = N282 | data_masked[281];
  assign N282 = N281 | data_masked[297];
  assign N281 = N280 | data_masked[313];
  assign N280 = N279 | data_masked[329];
  assign N279 = N278 | data_masked[345];
  assign N278 = N277 | data_masked[361];
  assign N277 = N276 | data_masked[377];
  assign N276 = N275 | data_masked[393];
  assign N275 = N274 | data_masked[409];
  assign N274 = N273 | data_masked[425];
  assign N273 = N272 | data_masked[441];
  assign N272 = N271 | data_masked[457];
  assign N271 = N270 | data_masked[473];
  assign N270 = data_masked[505] | data_masked[489];
  assign data_o[10] = N329 | data_masked[10];
  assign N329 = N328 | data_masked[26];
  assign N328 = N327 | data_masked[42];
  assign N327 = N326 | data_masked[58];
  assign N326 = N325 | data_masked[74];
  assign N325 = N324 | data_masked[90];
  assign N324 = N323 | data_masked[106];
  assign N323 = N322 | data_masked[122];
  assign N322 = N321 | data_masked[138];
  assign N321 = N320 | data_masked[154];
  assign N320 = N319 | data_masked[170];
  assign N319 = N318 | data_masked[186];
  assign N318 = N317 | data_masked[202];
  assign N317 = N316 | data_masked[218];
  assign N316 = N315 | data_masked[234];
  assign N315 = N314 | data_masked[250];
  assign N314 = N313 | data_masked[266];
  assign N313 = N312 | data_masked[282];
  assign N312 = N311 | data_masked[298];
  assign N311 = N310 | data_masked[314];
  assign N310 = N309 | data_masked[330];
  assign N309 = N308 | data_masked[346];
  assign N308 = N307 | data_masked[362];
  assign N307 = N306 | data_masked[378];
  assign N306 = N305 | data_masked[394];
  assign N305 = N304 | data_masked[410];
  assign N304 = N303 | data_masked[426];
  assign N303 = N302 | data_masked[442];
  assign N302 = N301 | data_masked[458];
  assign N301 = N300 | data_masked[474];
  assign N300 = data_masked[506] | data_masked[490];
  assign data_o[11] = N359 | data_masked[11];
  assign N359 = N358 | data_masked[27];
  assign N358 = N357 | data_masked[43];
  assign N357 = N356 | data_masked[59];
  assign N356 = N355 | data_masked[75];
  assign N355 = N354 | data_masked[91];
  assign N354 = N353 | data_masked[107];
  assign N353 = N352 | data_masked[123];
  assign N352 = N351 | data_masked[139];
  assign N351 = N350 | data_masked[155];
  assign N350 = N349 | data_masked[171];
  assign N349 = N348 | data_masked[187];
  assign N348 = N347 | data_masked[203];
  assign N347 = N346 | data_masked[219];
  assign N346 = N345 | data_masked[235];
  assign N345 = N344 | data_masked[251];
  assign N344 = N343 | data_masked[267];
  assign N343 = N342 | data_masked[283];
  assign N342 = N341 | data_masked[299];
  assign N341 = N340 | data_masked[315];
  assign N340 = N339 | data_masked[331];
  assign N339 = N338 | data_masked[347];
  assign N338 = N337 | data_masked[363];
  assign N337 = N336 | data_masked[379];
  assign N336 = N335 | data_masked[395];
  assign N335 = N334 | data_masked[411];
  assign N334 = N333 | data_masked[427];
  assign N333 = N332 | data_masked[443];
  assign N332 = N331 | data_masked[459];
  assign N331 = N330 | data_masked[475];
  assign N330 = data_masked[507] | data_masked[491];
  assign data_o[12] = N389 | data_masked[12];
  assign N389 = N388 | data_masked[28];
  assign N388 = N387 | data_masked[44];
  assign N387 = N386 | data_masked[60];
  assign N386 = N385 | data_masked[76];
  assign N385 = N384 | data_masked[92];
  assign N384 = N383 | data_masked[108];
  assign N383 = N382 | data_masked[124];
  assign N382 = N381 | data_masked[140];
  assign N381 = N380 | data_masked[156];
  assign N380 = N379 | data_masked[172];
  assign N379 = N378 | data_masked[188];
  assign N378 = N377 | data_masked[204];
  assign N377 = N376 | data_masked[220];
  assign N376 = N375 | data_masked[236];
  assign N375 = N374 | data_masked[252];
  assign N374 = N373 | data_masked[268];
  assign N373 = N372 | data_masked[284];
  assign N372 = N371 | data_masked[300];
  assign N371 = N370 | data_masked[316];
  assign N370 = N369 | data_masked[332];
  assign N369 = N368 | data_masked[348];
  assign N368 = N367 | data_masked[364];
  assign N367 = N366 | data_masked[380];
  assign N366 = N365 | data_masked[396];
  assign N365 = N364 | data_masked[412];
  assign N364 = N363 | data_masked[428];
  assign N363 = N362 | data_masked[444];
  assign N362 = N361 | data_masked[460];
  assign N361 = N360 | data_masked[476];
  assign N360 = data_masked[508] | data_masked[492];
  assign data_o[13] = N419 | data_masked[13];
  assign N419 = N418 | data_masked[29];
  assign N418 = N417 | data_masked[45];
  assign N417 = N416 | data_masked[61];
  assign N416 = N415 | data_masked[77];
  assign N415 = N414 | data_masked[93];
  assign N414 = N413 | data_masked[109];
  assign N413 = N412 | data_masked[125];
  assign N412 = N411 | data_masked[141];
  assign N411 = N410 | data_masked[157];
  assign N410 = N409 | data_masked[173];
  assign N409 = N408 | data_masked[189];
  assign N408 = N407 | data_masked[205];
  assign N407 = N406 | data_masked[221];
  assign N406 = N405 | data_masked[237];
  assign N405 = N404 | data_masked[253];
  assign N404 = N403 | data_masked[269];
  assign N403 = N402 | data_masked[285];
  assign N402 = N401 | data_masked[301];
  assign N401 = N400 | data_masked[317];
  assign N400 = N399 | data_masked[333];
  assign N399 = N398 | data_masked[349];
  assign N398 = N397 | data_masked[365];
  assign N397 = N396 | data_masked[381];
  assign N396 = N395 | data_masked[397];
  assign N395 = N394 | data_masked[413];
  assign N394 = N393 | data_masked[429];
  assign N393 = N392 | data_masked[445];
  assign N392 = N391 | data_masked[461];
  assign N391 = N390 | data_masked[477];
  assign N390 = data_masked[509] | data_masked[493];
  assign data_o[14] = N449 | data_masked[14];
  assign N449 = N448 | data_masked[30];
  assign N448 = N447 | data_masked[46];
  assign N447 = N446 | data_masked[62];
  assign N446 = N445 | data_masked[78];
  assign N445 = N444 | data_masked[94];
  assign N444 = N443 | data_masked[110];
  assign N443 = N442 | data_masked[126];
  assign N442 = N441 | data_masked[142];
  assign N441 = N440 | data_masked[158];
  assign N440 = N439 | data_masked[174];
  assign N439 = N438 | data_masked[190];
  assign N438 = N437 | data_masked[206];
  assign N437 = N436 | data_masked[222];
  assign N436 = N435 | data_masked[238];
  assign N435 = N434 | data_masked[254];
  assign N434 = N433 | data_masked[270];
  assign N433 = N432 | data_masked[286];
  assign N432 = N431 | data_masked[302];
  assign N431 = N430 | data_masked[318];
  assign N430 = N429 | data_masked[334];
  assign N429 = N428 | data_masked[350];
  assign N428 = N427 | data_masked[366];
  assign N427 = N426 | data_masked[382];
  assign N426 = N425 | data_masked[398];
  assign N425 = N424 | data_masked[414];
  assign N424 = N423 | data_masked[430];
  assign N423 = N422 | data_masked[446];
  assign N422 = N421 | data_masked[462];
  assign N421 = N420 | data_masked[478];
  assign N420 = data_masked[510] | data_masked[494];
  assign data_o[15] = N479 | data_masked[15];
  assign N479 = N478 | data_masked[31];
  assign N478 = N477 | data_masked[47];
  assign N477 = N476 | data_masked[63];
  assign N476 = N475 | data_masked[79];
  assign N475 = N474 | data_masked[95];
  assign N474 = N473 | data_masked[111];
  assign N473 = N472 | data_masked[127];
  assign N472 = N471 | data_masked[143];
  assign N471 = N470 | data_masked[159];
  assign N470 = N469 | data_masked[175];
  assign N469 = N468 | data_masked[191];
  assign N468 = N467 | data_masked[207];
  assign N467 = N466 | data_masked[223];
  assign N466 = N465 | data_masked[239];
  assign N465 = N464 | data_masked[255];
  assign N464 = N463 | data_masked[271];
  assign N463 = N462 | data_masked[287];
  assign N462 = N461 | data_masked[303];
  assign N461 = N460 | data_masked[319];
  assign N460 = N459 | data_masked[335];
  assign N459 = N458 | data_masked[351];
  assign N458 = N457 | data_masked[367];
  assign N457 = N456 | data_masked[383];
  assign N456 = N455 | data_masked[399];
  assign N455 = N454 | data_masked[415];
  assign N454 = N453 | data_masked[431];
  assign N453 = N452 | data_masked[447];
  assign N452 = N451 | data_masked[463];
  assign N451 = N450 | data_masked[479];
  assign N450 = data_masked[511] | data_masked[495];

endmodule